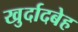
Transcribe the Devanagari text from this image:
खुर्दादबेह